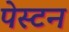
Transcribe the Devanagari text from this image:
पेस्टन